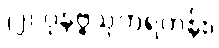
(၂) ပုနဗ္ဗသုကရဟန်း၊